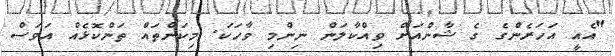
"އެއީ އަހަރެންގެ ގެ ޝާންއަށް ވިއްކާލަން ނިންމި ވާހަކަ. މިކަންތައް ތަންކޮޅެއް އަވަސް